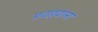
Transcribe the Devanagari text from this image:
प्रवाहवाला